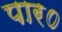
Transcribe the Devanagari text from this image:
पार०